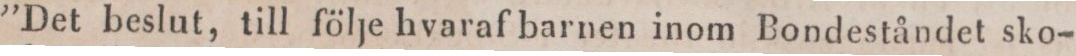
”Det beslut, till följe hvaraf barnen inom Bondeståndet sko-